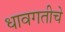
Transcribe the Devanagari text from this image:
धावगतीचे